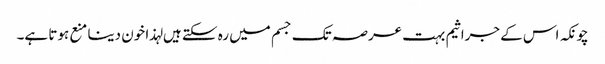
چونکہ اس کے جراثیم بہت عرصہ تک جسم میں رہ سکتے ہیں لہذا خون دینا منع ہوتا ہے۔